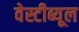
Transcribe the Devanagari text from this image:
वेस्टीब्यूल